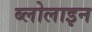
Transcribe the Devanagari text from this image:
ब्लोलाइन